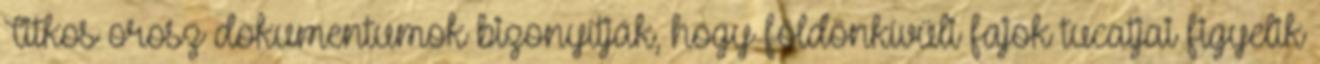
Titkos orosz dokumentumok bizonyítják, hogy földönkívüli fajok tucatjai figyelik